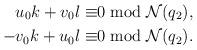
LaTeX: \begin{align*} u_0k+v_0l\equiv & 0 \bmod{\mathcal{N}(q_2)},\\-v_0k+u_0l\equiv & 0 \bmod{\mathcal{N}(q_2)}.\end{align*}